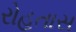
રોહતાસ